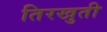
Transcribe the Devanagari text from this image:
तिरखुती